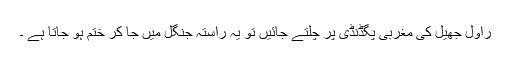
راول جھیل کی مغربی پگڈنڈی پر چلتے جائیں تو یہ راستہ جنگل میں جا کر ختم ہو جاتا ہے ۔